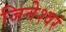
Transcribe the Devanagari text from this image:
जिनेश्वरं